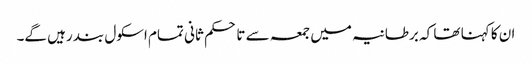
ان کا کہنا تھا کہ برطانیہ میں جمعہ سے تا حکم ثانی تمام اسکول بند رہیں گے۔